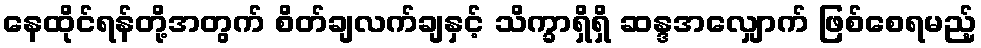
နေထိုင်ရန်တို့အတွက် စိတ်ချလက်ချနှင့် သိက္ခာရှိရှိ ဆန္ဒအလျှောက် ဖြစ်စေရမည့်